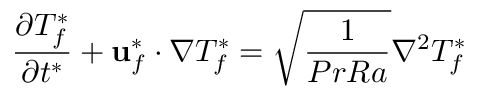
\frac { \partial T _ { f } ^ { * } } { \partial t ^ { * } } + \mathbf { u } _ { f } ^ { * } \cdot \nabla T _ { f } ^ { * } = \sqrt { \frac { 1 } { P r R a } } \nabla ^ { 2 } T _ { f } ^ { * }